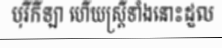
បុរីកីឡា ហើយស្ត្រីទាំងនោះដួល